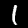
Label: 1